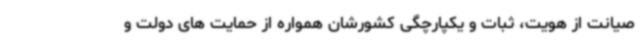
صیانت از هویت، ثبات و یکپارچگی کشورشان همواره از حمایت های دولت و